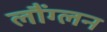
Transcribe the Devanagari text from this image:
लौंग्लन